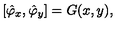
\left[ \hat { \varphi } _ { x } , \hat { \varphi } _ { y } \right] = G ( x , y ) ,